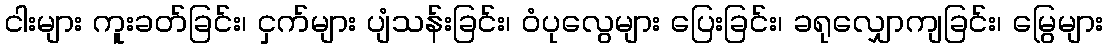
ငါးများ ကူးခတ်ခြင်း၊ ငှက်များ ပျံသန်းခြင်း၊ ဝံပုလွေများ ပြေးခြင်း၊ ခရုလျှောကျခြင်း၊ မြွေများ